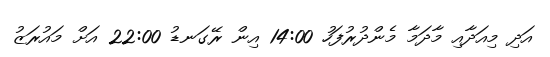
އަދި މިއަދާއި މާދަމާ މެންދުރުފަހު 14:00 އިން ރޭގަނޑު 22:00 އަށް މައުރަޒު